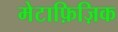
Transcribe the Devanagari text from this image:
मेटाफ़िज़िक